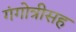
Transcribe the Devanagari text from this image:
गंगोत्रीसह